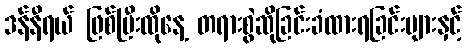
ဒန်နီရယ် ဖြစ်ပြီးထိုနေ့ တရားစွဲဆိုခြင်းခံထားရခြင်းများနှင့်